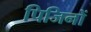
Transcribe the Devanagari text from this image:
पिजिनों